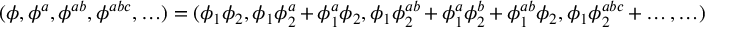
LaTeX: ( \phi , \phi ^ { a } , \phi ^ { a b } , \phi ^ { a b c } , \ldots ) = ( \phi _ { 1 } \phi _ { 2 } , \phi _ { 1 } \phi _ { 2 } ^ { a } + \phi _ { 1 } ^ { a } \phi _ { 2 } , \phi _ { 1 } \phi _ { 2 } ^ { a b } + \phi _ { 1 } ^ { a } \phi _ { 2 } ^ { b } + \phi _ { 1 } ^ { a b } \phi _ { 2 } , \phi _ { 1 } \phi _ { 2 } ^ { a b c } + \ldots , \ldots )